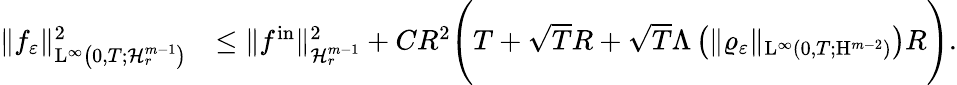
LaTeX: \begin{array}{rl}{\Vert f_{\varepsilon}\Vert_{\mathrm{L}^{\infty}\left(0,T;\mathcal{H}_{r}^{m-1}\right)}^{2}}&{\leq\Vert f^{\mathrm{in}}\Vert_{\mathcal{H}_{r}^{m-1}}^{2}+CR^{2}\Bigg(T+\sqrt{T}R+\sqrt{T}\Lambda\left(\Vert\varrho_{\varepsilon}\Vert_{\mathrm{L}^{\infty}(0,T;\mathrm{H}^{m-2})}\right)R\Bigg).}\end{array}